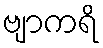
ဗျာကရိ